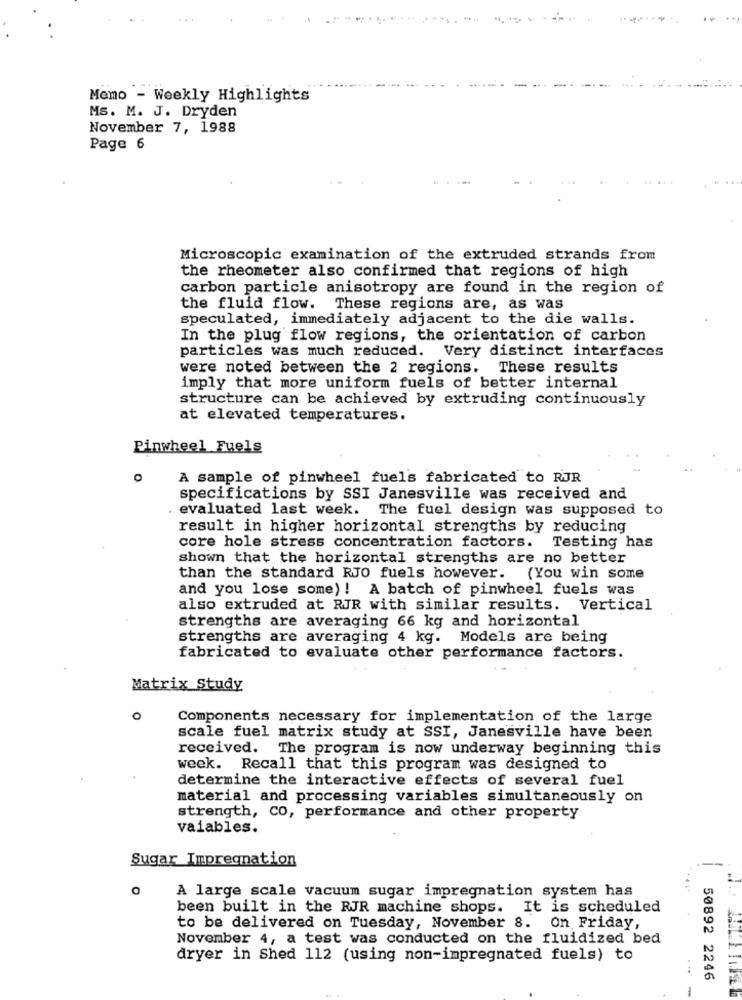
Memo - Weekly Highlights
Ms. M. J. Dryden
November 7, 1988
Page 6
Microscopic examination of the extruded strands from
the rheometer also confirmed that regions of high
carbon particle anisotropy are found in the region of
the fluid flow. These regions are, as was
speculated, immediately adjacent to the die walls.
In the plug flow regions, the orientation of carbon
particles was much reduced. Very distinct interfaces
were noted between the 2 regions. These results
imply that more uniform fuels of better internal
structure can be achieved by extruding continuously
at elevated temperatures.
Pinwheel Fuels
A sample of pinwheel fuels fabricated to RJR
specifications by SSI Janesville was received and
evaluated last week. The fuel design was supposed to
result in higher horizontal strengths by reducing
core hole stress concentration factors.
Testing has
shown that the horizontal strengths are no better
than the standard RJO fuels however.
(You win some
and you lose some) ! A batch of pinwheel fuels was
also extruded at RJR with similar results. Vertical
strengths are averaging 66 kg and horizontal
strengths are averaging 4 kg. Models are being
fabricated to evaluate other performance factors.
Matrix Study
o
Components necessary for implementation of the large
scale fuel matrix study at SSI, Janesville have been
received. The program is now underway beginning this
week. Recall that this program was designed to
determine the interactive effects of several fuel
material and processing variables simultaneously on
strength, CO, performance and other property
valables.
Sugar Impregnation
A large scale vacuum sugar impregnation system has
been built in the RJR machine shops. It is scheduled
to be delivered on Tuesday, November 8. On Friday,
November 4, a test was conducted on the fluidized bed
dryer in Shed 112 (using non-impregnated fuels) to
50892 2246